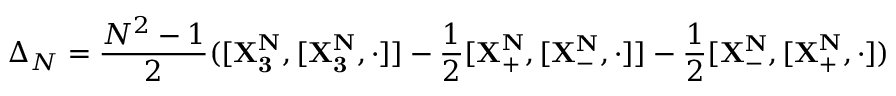
\Delta _ { N } = \frac { N ^ { 2 } - 1 } { 2 } ( [ \mathbf { X _ { 3 } ^ { N } } , [ \mathbf { X _ { 3 } ^ { N } } , \cdot ] ] - \frac { 1 } { 2 } [ \mathbf { X _ { + } ^ { N } } , [ \mathbf { X _ { - } ^ { N } } , \cdot ] ] - \frac { 1 } { 2 } [ \mathbf { X _ { - } ^ { N } } , [ \mathbf { X _ { + } ^ { N } } , \cdot ] )